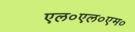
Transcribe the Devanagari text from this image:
एल०एल०एम०